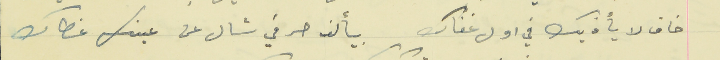
خاف لا يأذيك في اول غفاك                                  بيألف حرفي شال عن عينك غطاك